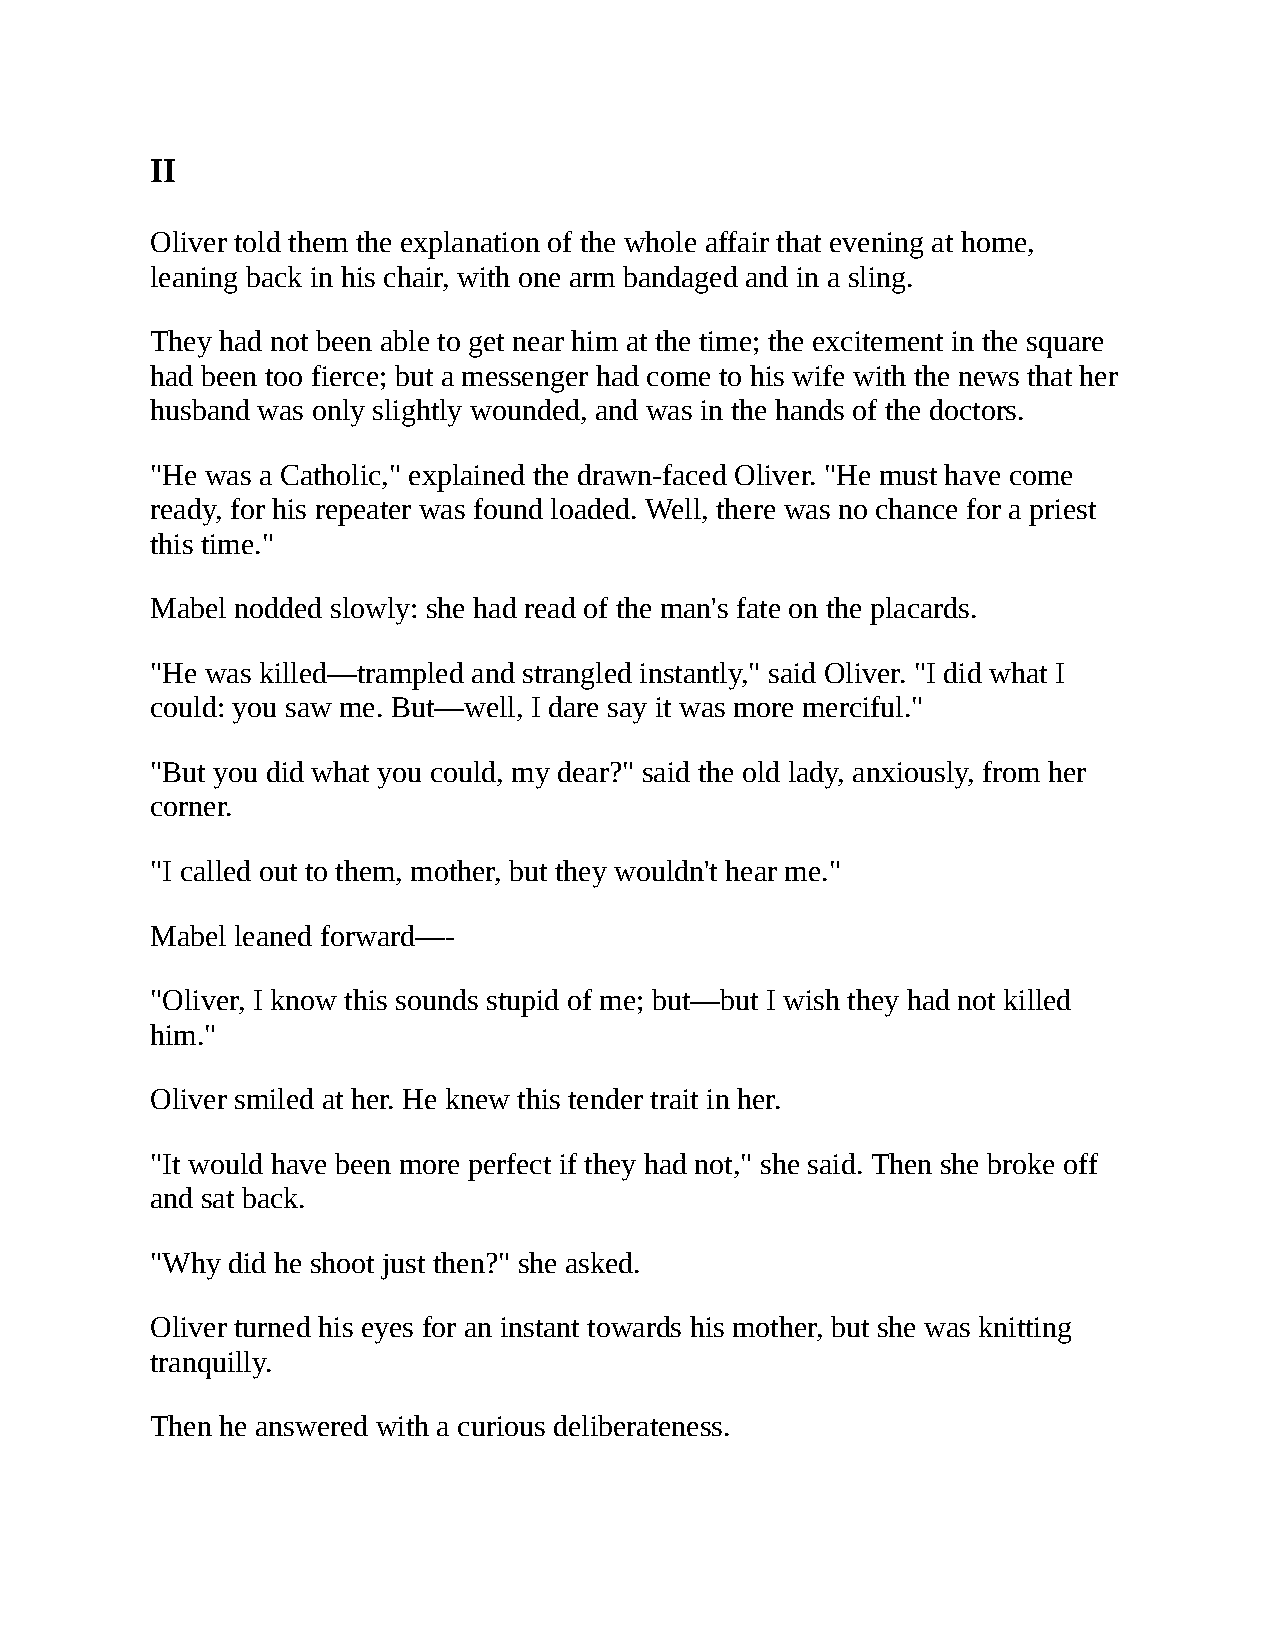
II
 Oliver told them the explanation of the whole affair that evening at home,
 leaning back in his chair, with one arm bandaged and in a sling.
 They had not been able to get near him at the time; the excitement in the square
 had been too fierce; but a messenger had come to his wife with the news that her
 husband was only slightly wounded, and was in the hands of the doctors.
 "He was a Catholic," explained the drawn-faced Oliver. "He must have come
 ready, for his repeater was found loaded. Well, there was no chance for a priest
 this time."
 Mabel nodded slowly: she had read of the man's fate on the placards.
 "He was killed—trampled and strangled instantly," said Oliver. "I did what I
 could: you saw me. But—well, I dare say it was more merciful."
 "But you did what you could, my dear?" said the old lady, anxiously, from her
 corner.
 "I called out to them, mother, but they wouldn't hear me."
 Mabel leaned forward—-
 "Oliver, I know this sounds stupid of me; but—but I wish they had not killed
 him."
 Oliver smiled at her. He knew this tender trait in her.
 "It would have been more perfect if they had not," she said. Then she broke off
 and sat back.
 "Why did he shoot just then?" she asked.
 Oliver turned his eyes for an instant towards his mother, but she was knitting
 tranquilly.
 Then he answered with a curious deliberateness.